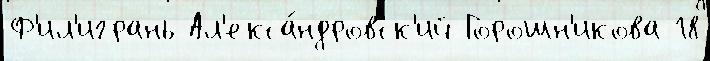
Ф'ил'игрань Ал'екса́ндровск'ий Горошн'икова 18